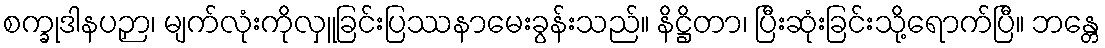
စက္ခုဒါနပဉှာ၊ မျက်လုံးကိုလှူခြင်းပြဿနာမေးခွန်းသည်။ နိဋ္ဌိတာ၊ ပြီးဆုံးခြင်းသို့ရောက်ပြီ။ ဘန္တေ